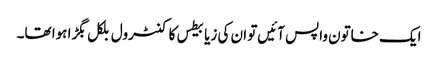
ایک خاتون واپس آئیں‌تو ان کی زیابیطس کا کنٹرول بلکل بگڑا ہوا تھا۔